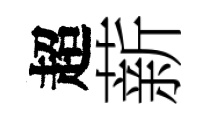
超薪